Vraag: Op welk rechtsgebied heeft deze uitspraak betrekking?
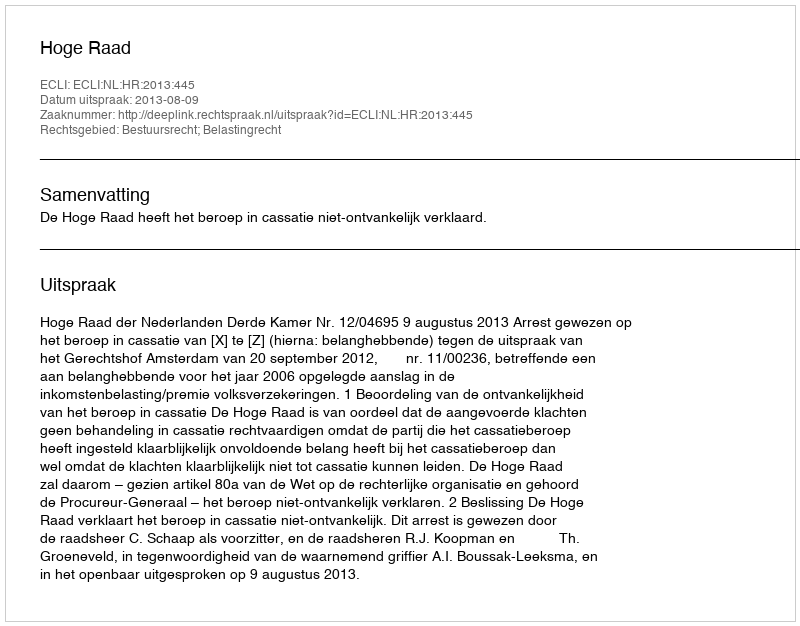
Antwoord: Bestuursrecht; Belastingrecht